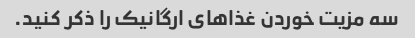
سه مزیت خوردن غذاهای ارگانیک را ذکر کنید.